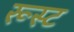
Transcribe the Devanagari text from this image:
रूस्ट